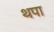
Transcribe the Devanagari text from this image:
थपा